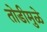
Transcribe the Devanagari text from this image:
तोडीमुळे